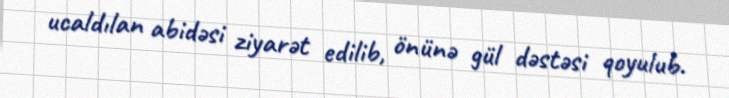
ucaldılan abidəsi ziyarət edilib, önünə gül dəstəsi qoyulub.